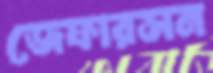
জেফারসন